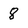
Character: 8